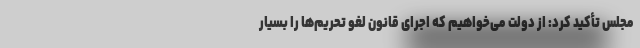
مجلس تأکید کرد: از دولت می‌خواهیم که اجرای قانون لغو تحریم‌ها را بسیار